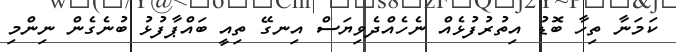
ކަމަނާ ތިހާ ބޮޑު އިތުރުފުޅެއް ނެހެއްދެވިޔަސް އިނގޭ ތިއީ ބައްޕާފުޅު ބުނެގެން ނިންމި